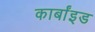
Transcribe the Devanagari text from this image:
कार्बांइड